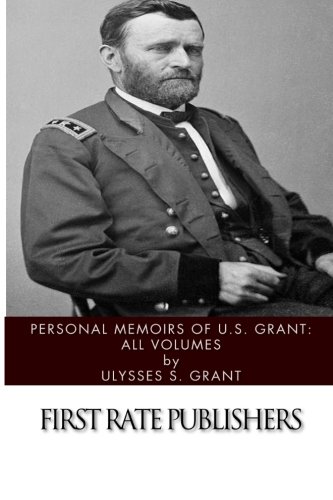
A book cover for Personal Memoirs of U.S. Grant: All Volumes; Ulysses S. Grant; History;